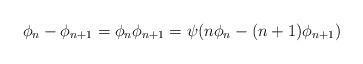
LaTeX: \begin{align*}\phi_n - \phi_{n+1} = \phi_n\phi_{n+1} = \psi ( n\phi_n - (n+1) \phi_{n+1} ) \end{align*}